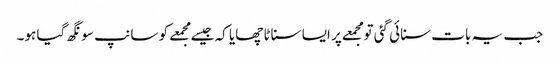
جب یہ بات سنائی گئی تو مجمعے پر ایسا سناٹا چھایا کہ جیسےمجمعے کو سانپ سونگھ گیا ہو۔